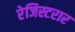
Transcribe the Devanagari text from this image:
रेजिस्टरार